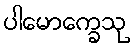
ပါမောက္ခေသု